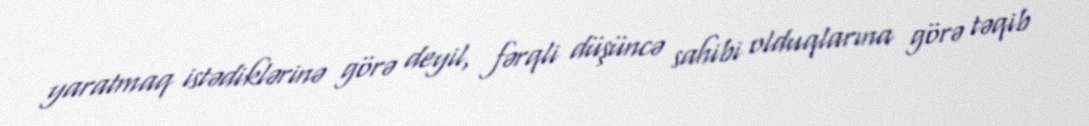
yaratmaq istədiklərinə görə deyil, fərqli düşüncə sahibi olduqlarına görə təqib